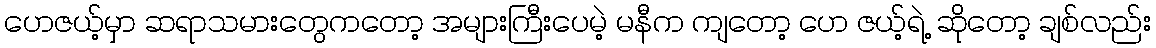
ဟေဇယ့်မှာ ဆရာသမားတွေကတော့ အများကြီးပေမဲ့ မနီက ကျတော့ ဟေ ဇယ့်ရဲ့ ဆိုတော့ ချစ်လည်း